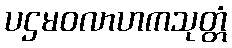
ပဌမဝလာဟကသုတ္တံ